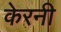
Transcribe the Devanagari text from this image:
केरनी